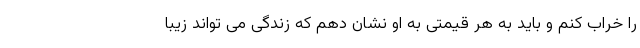
را خراب کنم و باید به هر قیمتی به او نشان دهم که زندگی می تواند زیبا